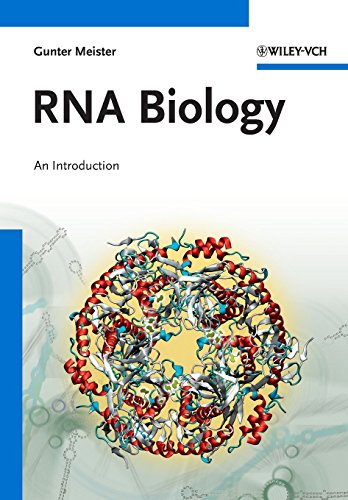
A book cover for RNA Biology; Gunter Meister; Computers & Technology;